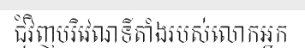
ជុំវិញបរិវេណទីតាំងរបស់លោកអ្នក